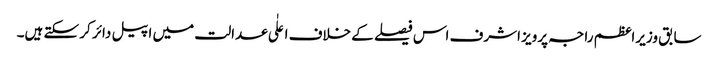
سابق وزیراعظم راجہ پرویز اشرف اس فیصلے کے خلاف اعلٰی عدالت میں اپیل دائر کر سکتے ہیں۔